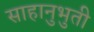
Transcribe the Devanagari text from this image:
साहानुभुती